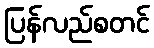
ပြန်လည်စတင်